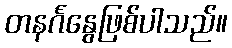
တနင်္ဂနွေဖြစ်ပါသည်။